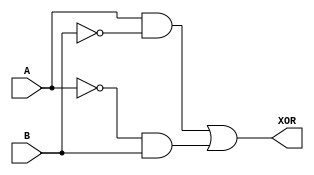
module XOR_TransmissionGate(
    input A, 
    input B, 
    output XOR
);

wire TGA, TGB;

assign TGA = A & ~B;
assign TGB = ~A & B;

assign XOR = TGA | TGB;

endmodule